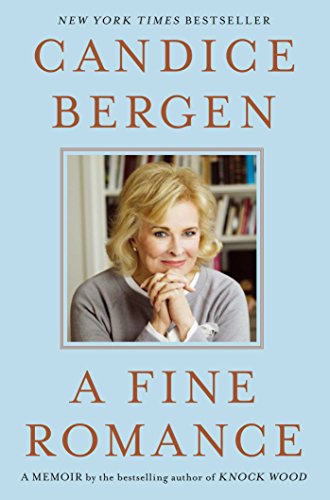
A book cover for A Fine Romance; Candice Bergen; Biographies & Memoirs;